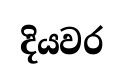
දියවර